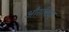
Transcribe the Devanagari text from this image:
औरारिया